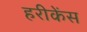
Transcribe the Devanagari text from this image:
हरीकेंस